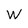
Character: W